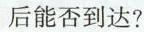
后能否到达?